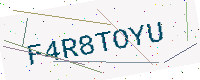
Text: F4R8TOYU